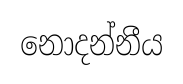
නොදන්නීය